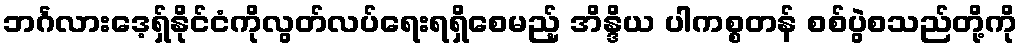
ဘင်္ဂလားဒေ့ရှ်နိုင်ငံကိုလွတ်လပ်ရေးရရှိစေမည့် အိန္ဒိယ ပါကစ္စတန် စစ်ပွဲစသည်တို့ကို